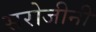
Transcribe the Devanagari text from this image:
सरोजीनी